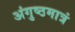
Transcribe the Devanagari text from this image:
अंगुष्ठमात्रं